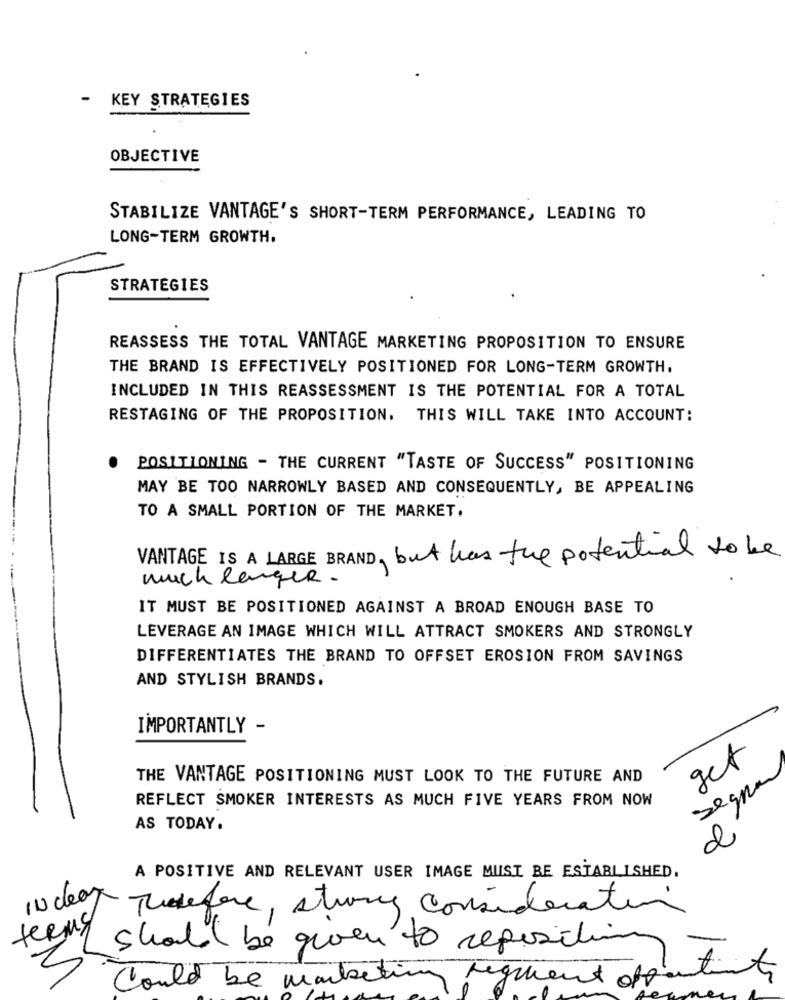
- KEY STRATEGIES
OBJECTIVE
STABILIZE VANTAGE'S SHORT-TERM PERFORMANCE, LEADING TO
LONG-TERM GROWTH.
STRATEGIES
REASSESS THE TOTAL VANTAGE MARKETING PROPOSITION TO ENSURE
THE BRAND IS EFFECTIVELY POSITIONED FOR LONG-TERM GROWTH.
INCLUDED IN THIS REASSESSMENT IS THE POTENTIAL FOR A TOTAL
RESTAGING OF THE PROPOSITION. THIS WILL TAKE INTO ACCOUNT:
POSITIONING - THE CURRENT "TASTE OF SUCCESS" POSITIONING
MAY BE TOO NARROWLY BASED AND CONSEQUENTLY, BE APPEALING
TO A SMALL PORTION OF THE MARKET.
VANTAGE IS A LARGE BRAND, but has the potential to be
much langer .
IT MUST BE POSITIONED AGAINST A BROAD ENOUGH BASE TO
LEVERAGE AN IMAGE WHICH WILL ATTRACT SMOKERS AND STRONGLY
DIFFERENTIATES THE BRAND TO OFFSET EROSION FROM SAVINGS
AND STYLISH BRANDS.
IMPORTANTLY -
get
THE VANTAGE POSITIONING MUST LOOK TO THE FUTURE AND
segna
REFLECT SMOKER INTERESTS AS MUCH FIVE YEARS FROM NOW
AS TODAY.
A POSITIVE AND RELEVANT USER IMAGE MUST BE ESTABLISHED.
IN clear
Therefore, strony consideration
fermy
should be given to reposition
Could be male
regimento